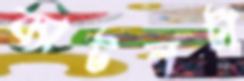
ব্যাটনটা